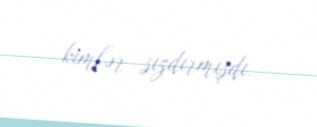
kimlər sızdırmışdı.